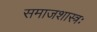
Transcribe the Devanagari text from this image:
समाजशास्त्रः